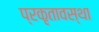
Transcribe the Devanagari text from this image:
प्रकृतावस्था